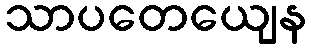
သာပတေယျေန